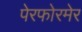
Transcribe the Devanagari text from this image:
पेरफोरमेर